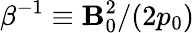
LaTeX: \beta^{-1}\equiv\mathbf{B}_{0}^{2}/(2p_{0})